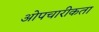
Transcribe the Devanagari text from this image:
ओपचारीकता